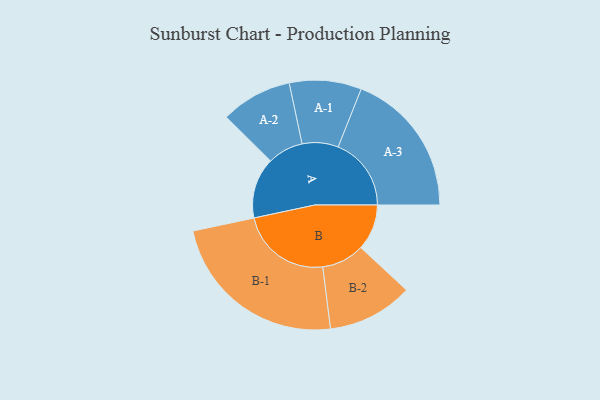
{"axis": {"x": "Segment", "y": "Value"}, "legend": ["", "A", "B"], "data": [{"x": "A", "y": 172, "type": ""}, {"x": "B", "y": 130, "type": ""}, {"x": "A-1", "y": 102, "type": "A"}, {"x": "A-2", "y": 101, "type": "A"}, {"x": "A-3", "y": 207, "type": "A"}, {"x": "B-1", "y": 258, "type": "B"}, {"x": "B-2", "y": 121, "type": "B"}]}